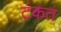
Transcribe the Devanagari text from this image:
टंकत